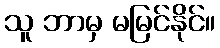
သူ ဘာမှ မမြင်နိုင်။